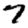
Digit: 7